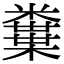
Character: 𥽒